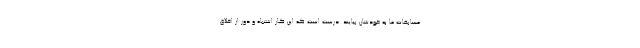
مسابقات ما به خودشان بیایند. درست است که این کار اشتباه و دور از اخلاق